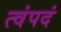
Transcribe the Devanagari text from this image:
त्वंपदं